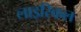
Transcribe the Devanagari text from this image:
लाइरिकल